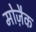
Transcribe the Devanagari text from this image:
मोज़ैक